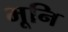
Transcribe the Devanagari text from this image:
भूनि